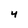
Character: 4